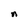
Character: n